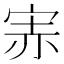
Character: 𡨁